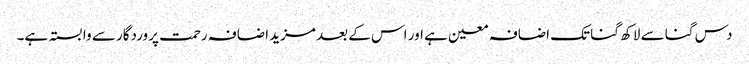
دس گنا سے لاکھ گنا تک اضافہ معین ہے اور اس کے بعد مزید اضافہ رحمت پروردگار سے وابستہ ہے۔